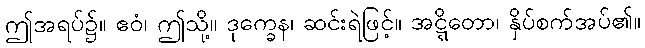
ဤအရပ်၌။ ဧဝံ၊ ဤသို့။ ဒုက္ခေန၊ ဆင်းရဲဖြင့်။ အဋ္ဋိတော၊ နှိပ်စက်အပ်၏။